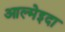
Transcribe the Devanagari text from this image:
आल्मेइदा